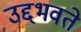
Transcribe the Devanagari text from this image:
उद्दभवते